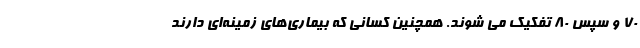
70 و سپس 80 تفکیک می شوند. همچنین کسانی که بیماری‌های زمینه‌ای دارند